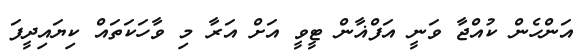
އަންހެން ކުއްޖާ ވަނީ އަފްްޣާން ޓީވީ އަށް އަރާ މި ވާހަކަތައް ކިޔައިދީފަ